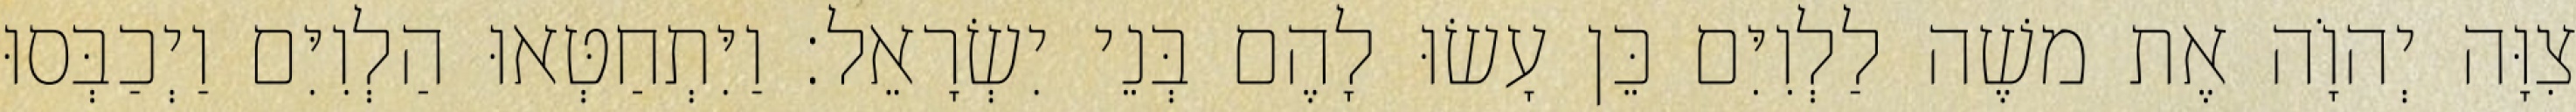
צִוָּה יְהוָֹה אֶת משֶׁה לַלְוִיִּם כֵּן עָשׂוּ לָהֶם בְּנֵי יִשְׂרָאֵל׃ וַיִּתְחַטְּאוּ הַלְוִיִּם וַיְכַבְּסוּ